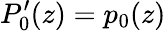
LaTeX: P_{0}^{\prime}(z)=p_{0}(z)